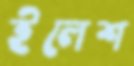
ইলেশ